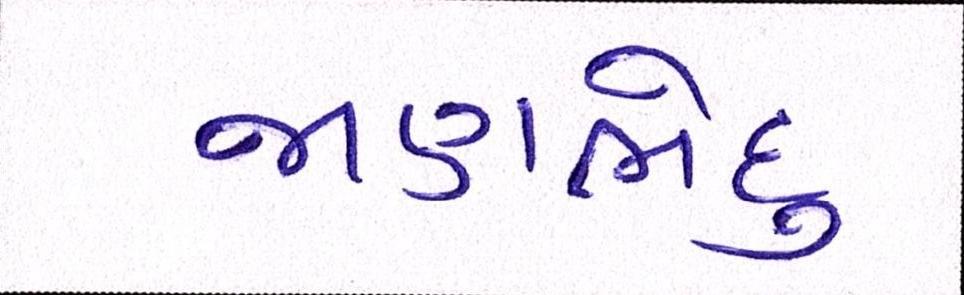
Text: જાણભેદુ